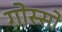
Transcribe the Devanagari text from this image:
गोस्सो